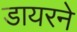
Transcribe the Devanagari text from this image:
डायरने